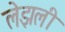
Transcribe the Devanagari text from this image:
लेझली